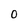
Character: 0